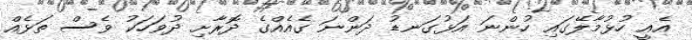
އެއީ ހުޅުމާލޭގައި ހުންނަ އަޅުގަނޑު ދަންނަ ގެއެއްގެ ދޮރާށި ދުވަހަކު ވެސް ތަޅެއް